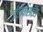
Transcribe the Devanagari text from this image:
ईटोपोसाईड